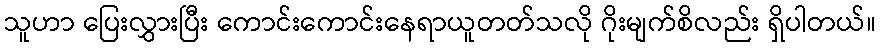
သူဟာ ပြေးလွှားပြီး ကောင်းကောင်းနေရာယူတတ်သလို ဂိုးမျက်စိလည်း ရှိပါတယ်။